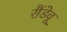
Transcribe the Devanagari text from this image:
रौंडेवू